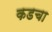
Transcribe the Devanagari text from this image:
कडचा